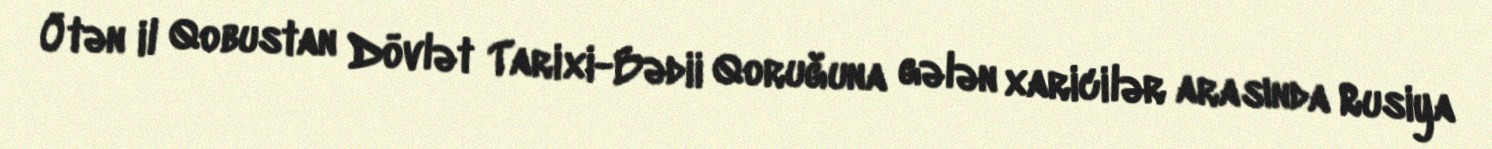
Ötən il Qobustan Dövlət Tarixi-Bədii Qoruğuna gələn xaricilər arasında Rusiya